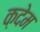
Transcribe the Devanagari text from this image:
क़देम